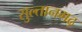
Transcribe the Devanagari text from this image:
सुल्तानगढ़